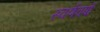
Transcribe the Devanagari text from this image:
स्वर्णवर्षा